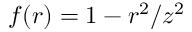
f ( r ) = 1 - r ^ { 2 } / z ^ { 2 }